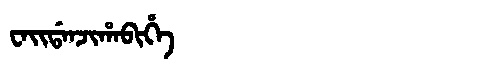
Manchu: ᠸᠠᡳᡩᠠᠨᠵᡳᡥᠠᠪᡳᡥᡝ
Romanization: WAIDANJIHABIHE